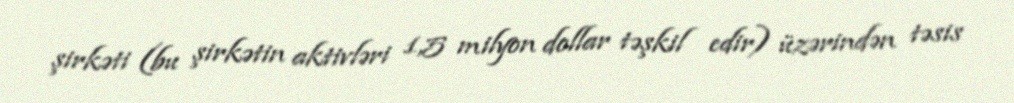
şirkəti (bu şirkətin aktivləri 1,5 milyon dollar təşkil edir) üzərindən təsis